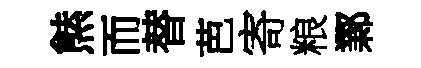
㷱而替芭寄粮鄴